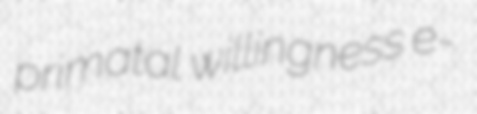
primatal willingness e-